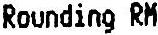
ROUNDING RM